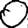
Digit: 0